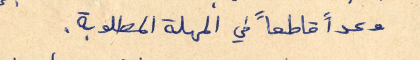
وعداً قاطعاً في المهلة المطلوبة.